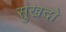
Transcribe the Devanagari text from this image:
सुखदो